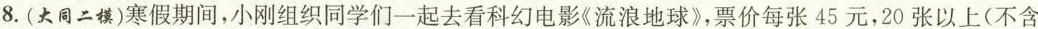
8.(大同二模)寒假期间，小刚组织同学们一起去看科幻电影《流浪地球》，票价每张45元，20张以上(不含